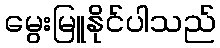
မွေးမြူနိုင်ပါသည်